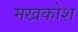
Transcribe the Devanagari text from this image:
मखकोश